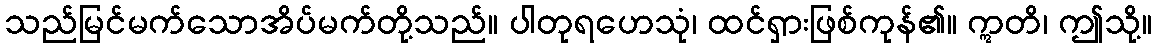
သည်မြင်မက်သောအိပ်မက်တို့သည်။ ပါတုရဟေသုံ၊ ထင်ရှားဖြစ်ကုန်၏။ ဣတိ၊ ဤသို့။